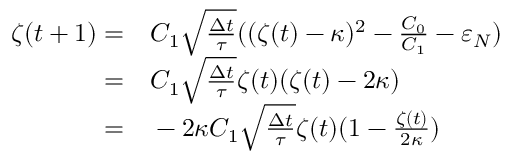
\begin{array} { r l } { \zeta ( t + 1 ) = } & { { } C _ { 1 } \sqrt { \frac { \Delta t } { \tau } } ( ( \zeta ( t ) - \kappa ) ^ { 2 } - \frac { C _ { 0 } } { C _ { 1 } } - \varepsilon _ { N } ) } \\ { = } & { { } C _ { 1 } \sqrt { \frac { \Delta t } { \tau } } \zeta ( t ) ( \zeta ( t ) - 2 \kappa ) } \\ { = } & { { } - 2 \kappa C _ { 1 } \sqrt { \frac { \Delta t } { \tau } } \zeta ( t ) ( 1 - \frac { \zeta ( t ) } { 2 \kappa } ) } \end{array}